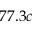
7 7 . 3 c